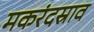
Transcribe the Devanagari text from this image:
मकरंदस्राव